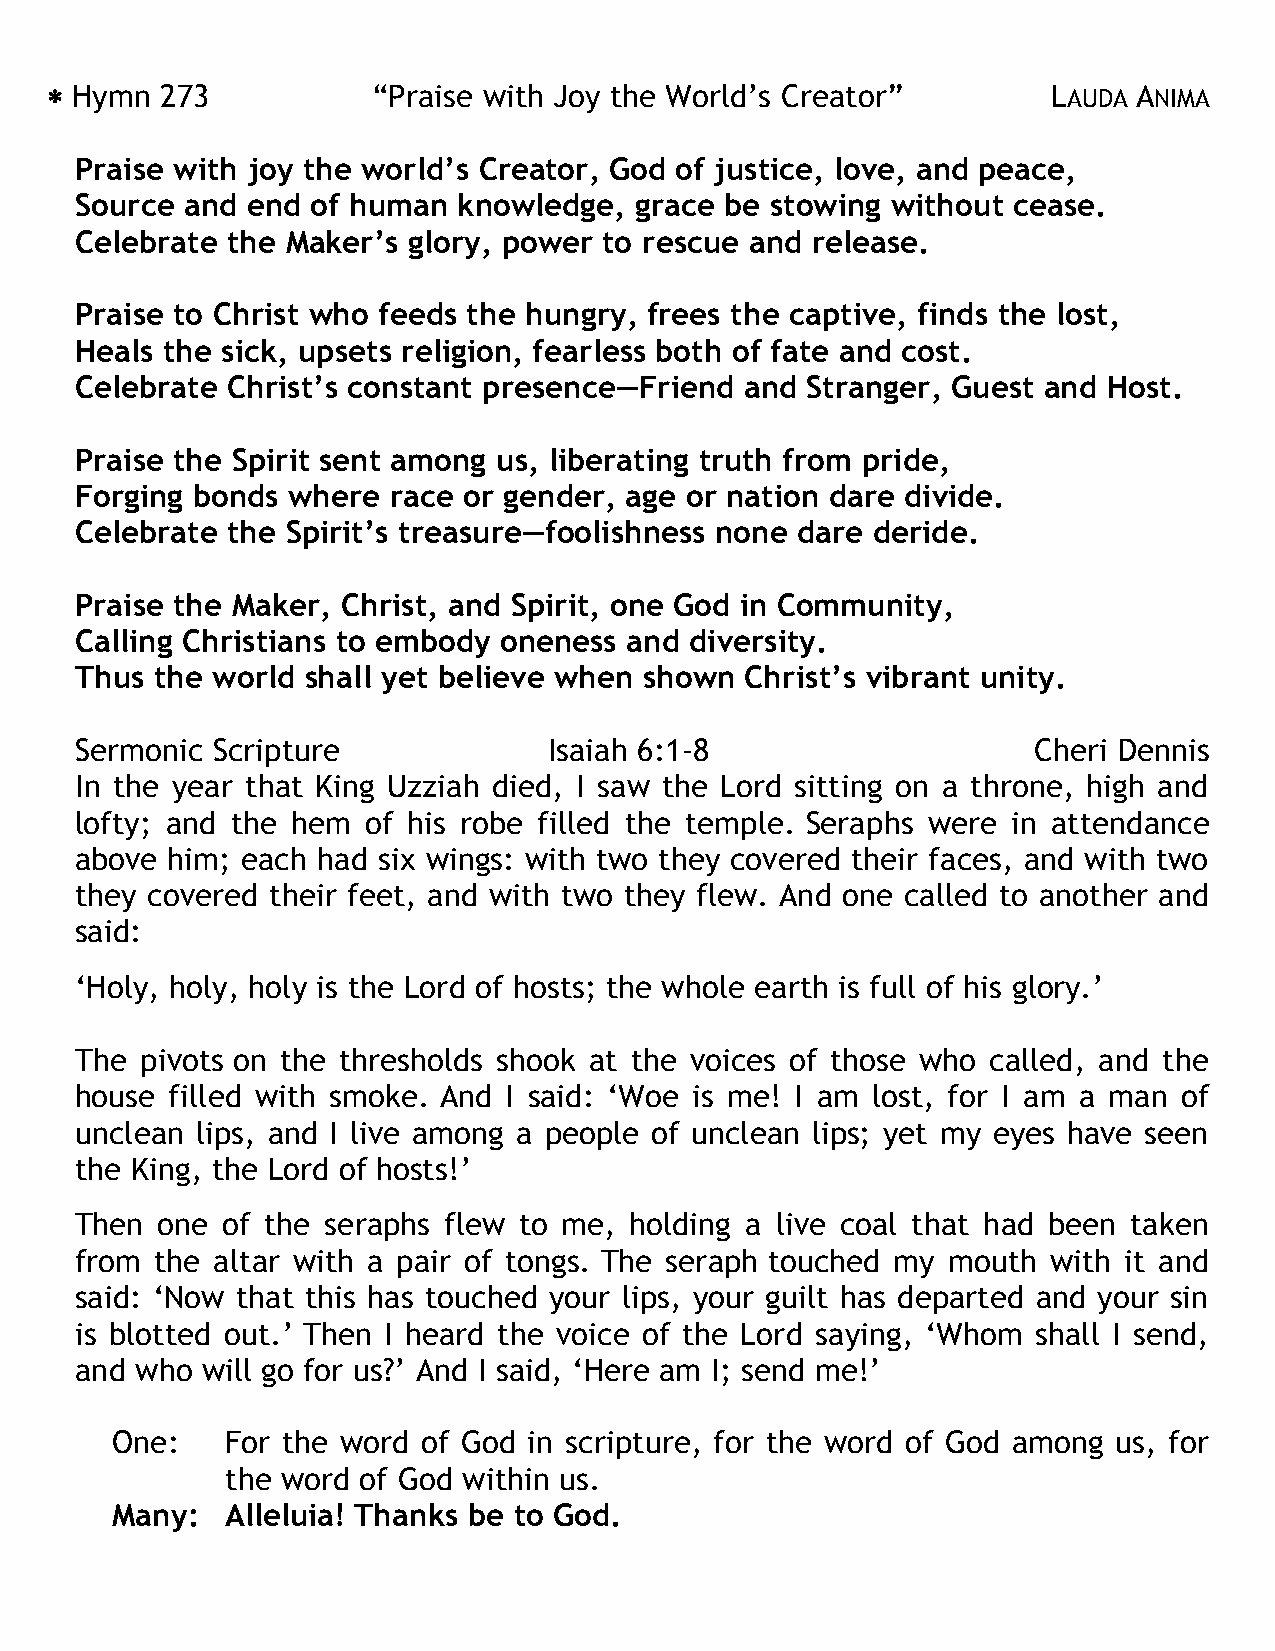
Hymn  273           “Praise with Joy the World’s Creator”        LAUDA ANIMA
 Praise with joy the world’s Creator, God of justice, love, and peace,
 Source and end  of human knowledge,  grace be stowing without cease.
 Celebrate the Maker’s glory, power to rescue and release.
 Praise to Christ who feeds the hungry, frees the captive, finds the lost,
 Heals the sick, upsets religion, fearless both of fate and cost.
 Celebrate Christ’s constant presence—Friend and Stranger, Guest and Host.
 Praise the Spirit sent among us, liberating truth from pride,
 Forging bonds where  race or gender, age or nation dare divide.
 Celebrate the Spirit’s treasure—foolishness none dare deride.
 Praise the Maker, Christ, and Spirit, one God in Community,
 Calling Christians to embody oneness and diversity.
 Thus the world shall yet believe when shown Christ’s vibrant unity.
 Sermonic Scripture             Isaiah 6:1-8                    Cheri Dennis
 In the year that King Uzziah died, I saw the Lord sitting on a throne, high and
 lofty; and the hem of his robe filled the temple. Seraphs were in attendance
 above him; each had six wings: with two they covered their faces, and with two
 they covered their feet, and with two they flew. And one called to another and
 said:
 ‘Holy, holy, holy is the Lord of hosts; the whole earth is full of his glory.’
 The pivots on the thresholds shook at the voices of those who called, and the
 house filled with smoke. And I said: ‘Woe is me! I am lost, for I am a man of
 unclean lips, and I live among a people of unclean lips; yet my eyes have seen
 the King, the Lord of hosts!’
 Then one  of the seraphs flew to me, holding a live coal that had been taken
 from the altar with a pair of tongs. The seraph touched my mouth with it and
 said: ‘Now that this has touched your lips, your guilt has departed and your sin
 is blotted out.’ Then I heard the voice of the Lord saying, ‘Whom shall I send,
 and who will go for us?’ And I said, ‘Here am I; send me!’
 One:    For the word of God in scripture, for the word of God among us, for
 the word of God within us.
 Many:   Alleluia! Thanks be to God.